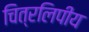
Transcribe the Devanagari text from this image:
चित्रलिपीय